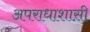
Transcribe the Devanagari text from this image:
अपराधाशास़ी